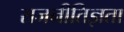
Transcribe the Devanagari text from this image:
राजनीतिज्ञता